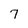
Character: 7